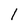
Character: l